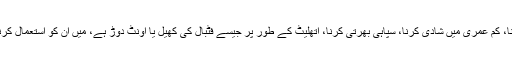
ان دنوں بچوں کے اعضاء فروخت کرنا ،غیر قانونی طور پر گود لینا، کم عمری میں شادی کرنا، سپاہی بھرتی کرنا، اتھلیٹ کے طور پر جیسے فٹبال کی کھیل یا اونٹ دوڑ ہے، میں ان کو استعمال کرنا یا بھیک مانگنے کے لئے ان کو اپنے پاس رکھنا عام ہو چکا ہے۔